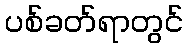
ပစ်ခတ်ရာတွင်